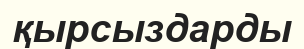
қырсыздарды